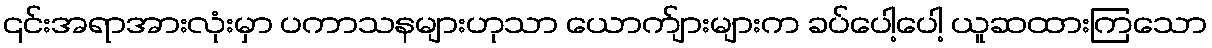
၎င်းအရာအားလုံးမှာ ပကာသနများဟုသာ ယောက်ျားများက ခပ်ပေါ့ပေါ့ ယူဆထားကြသော